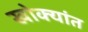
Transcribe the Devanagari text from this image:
खोक्यांत